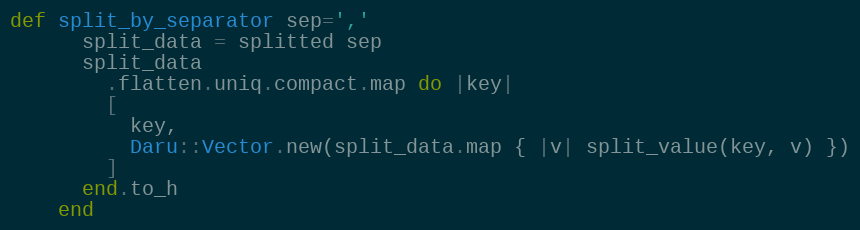
Language: Ruby
def split_by_separator sep=','
      split_data = splitted sep
      split_data
        .flatten.uniq.compact.map do |key|
        [
          key,
          Daru::Vector.new(split_data.map { |v| split_value(key, v) })
        ]
      end.to_h
    end